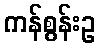
ကန်စွန်းဥ